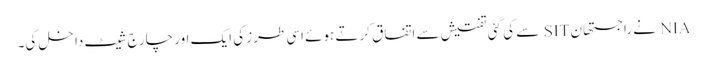
NIA نے راجستھان SIT سے کی گئی تفتیش سے اتفاق کرتے ہوئے اسی طرز کی ایک اور چارج شیٹ داخل کی۔